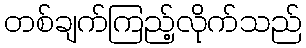
တစ်ချက်ကြည့်လိုက်သည်